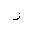
Letter: _ra